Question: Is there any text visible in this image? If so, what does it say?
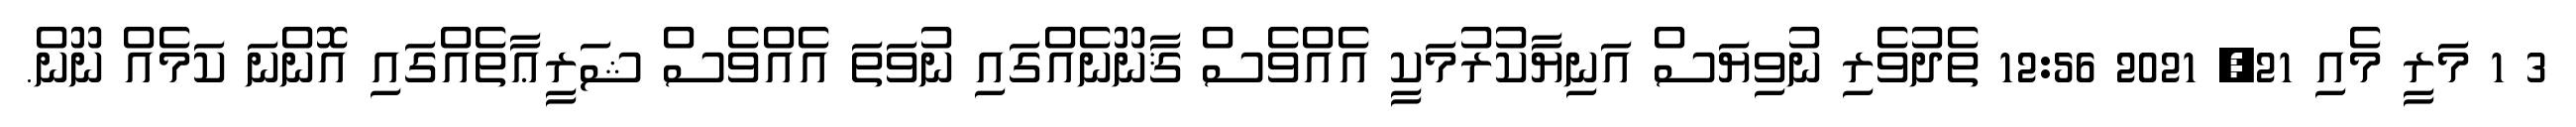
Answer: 3 1 މަރީ މެއި 21, 2021 12:56 ތެދުވެރި ނުވިޔަސް އަނިޔާކުރުމަކީ އެއްވެސް ޤާނޫނެއްގައި ނުވަތަ އެއްވެސް ޝަރީޢާތެއްގައި އޮންނަ ކަމެއް ނޫން.